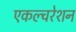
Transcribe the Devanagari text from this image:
एकल्चरेशन